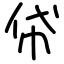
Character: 帒